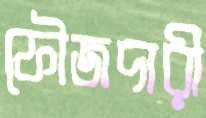
ফৌজদারী